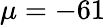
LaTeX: \mu=-61